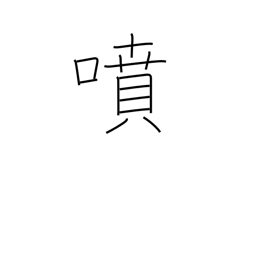
Meaning: spout